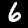
Digit: 6